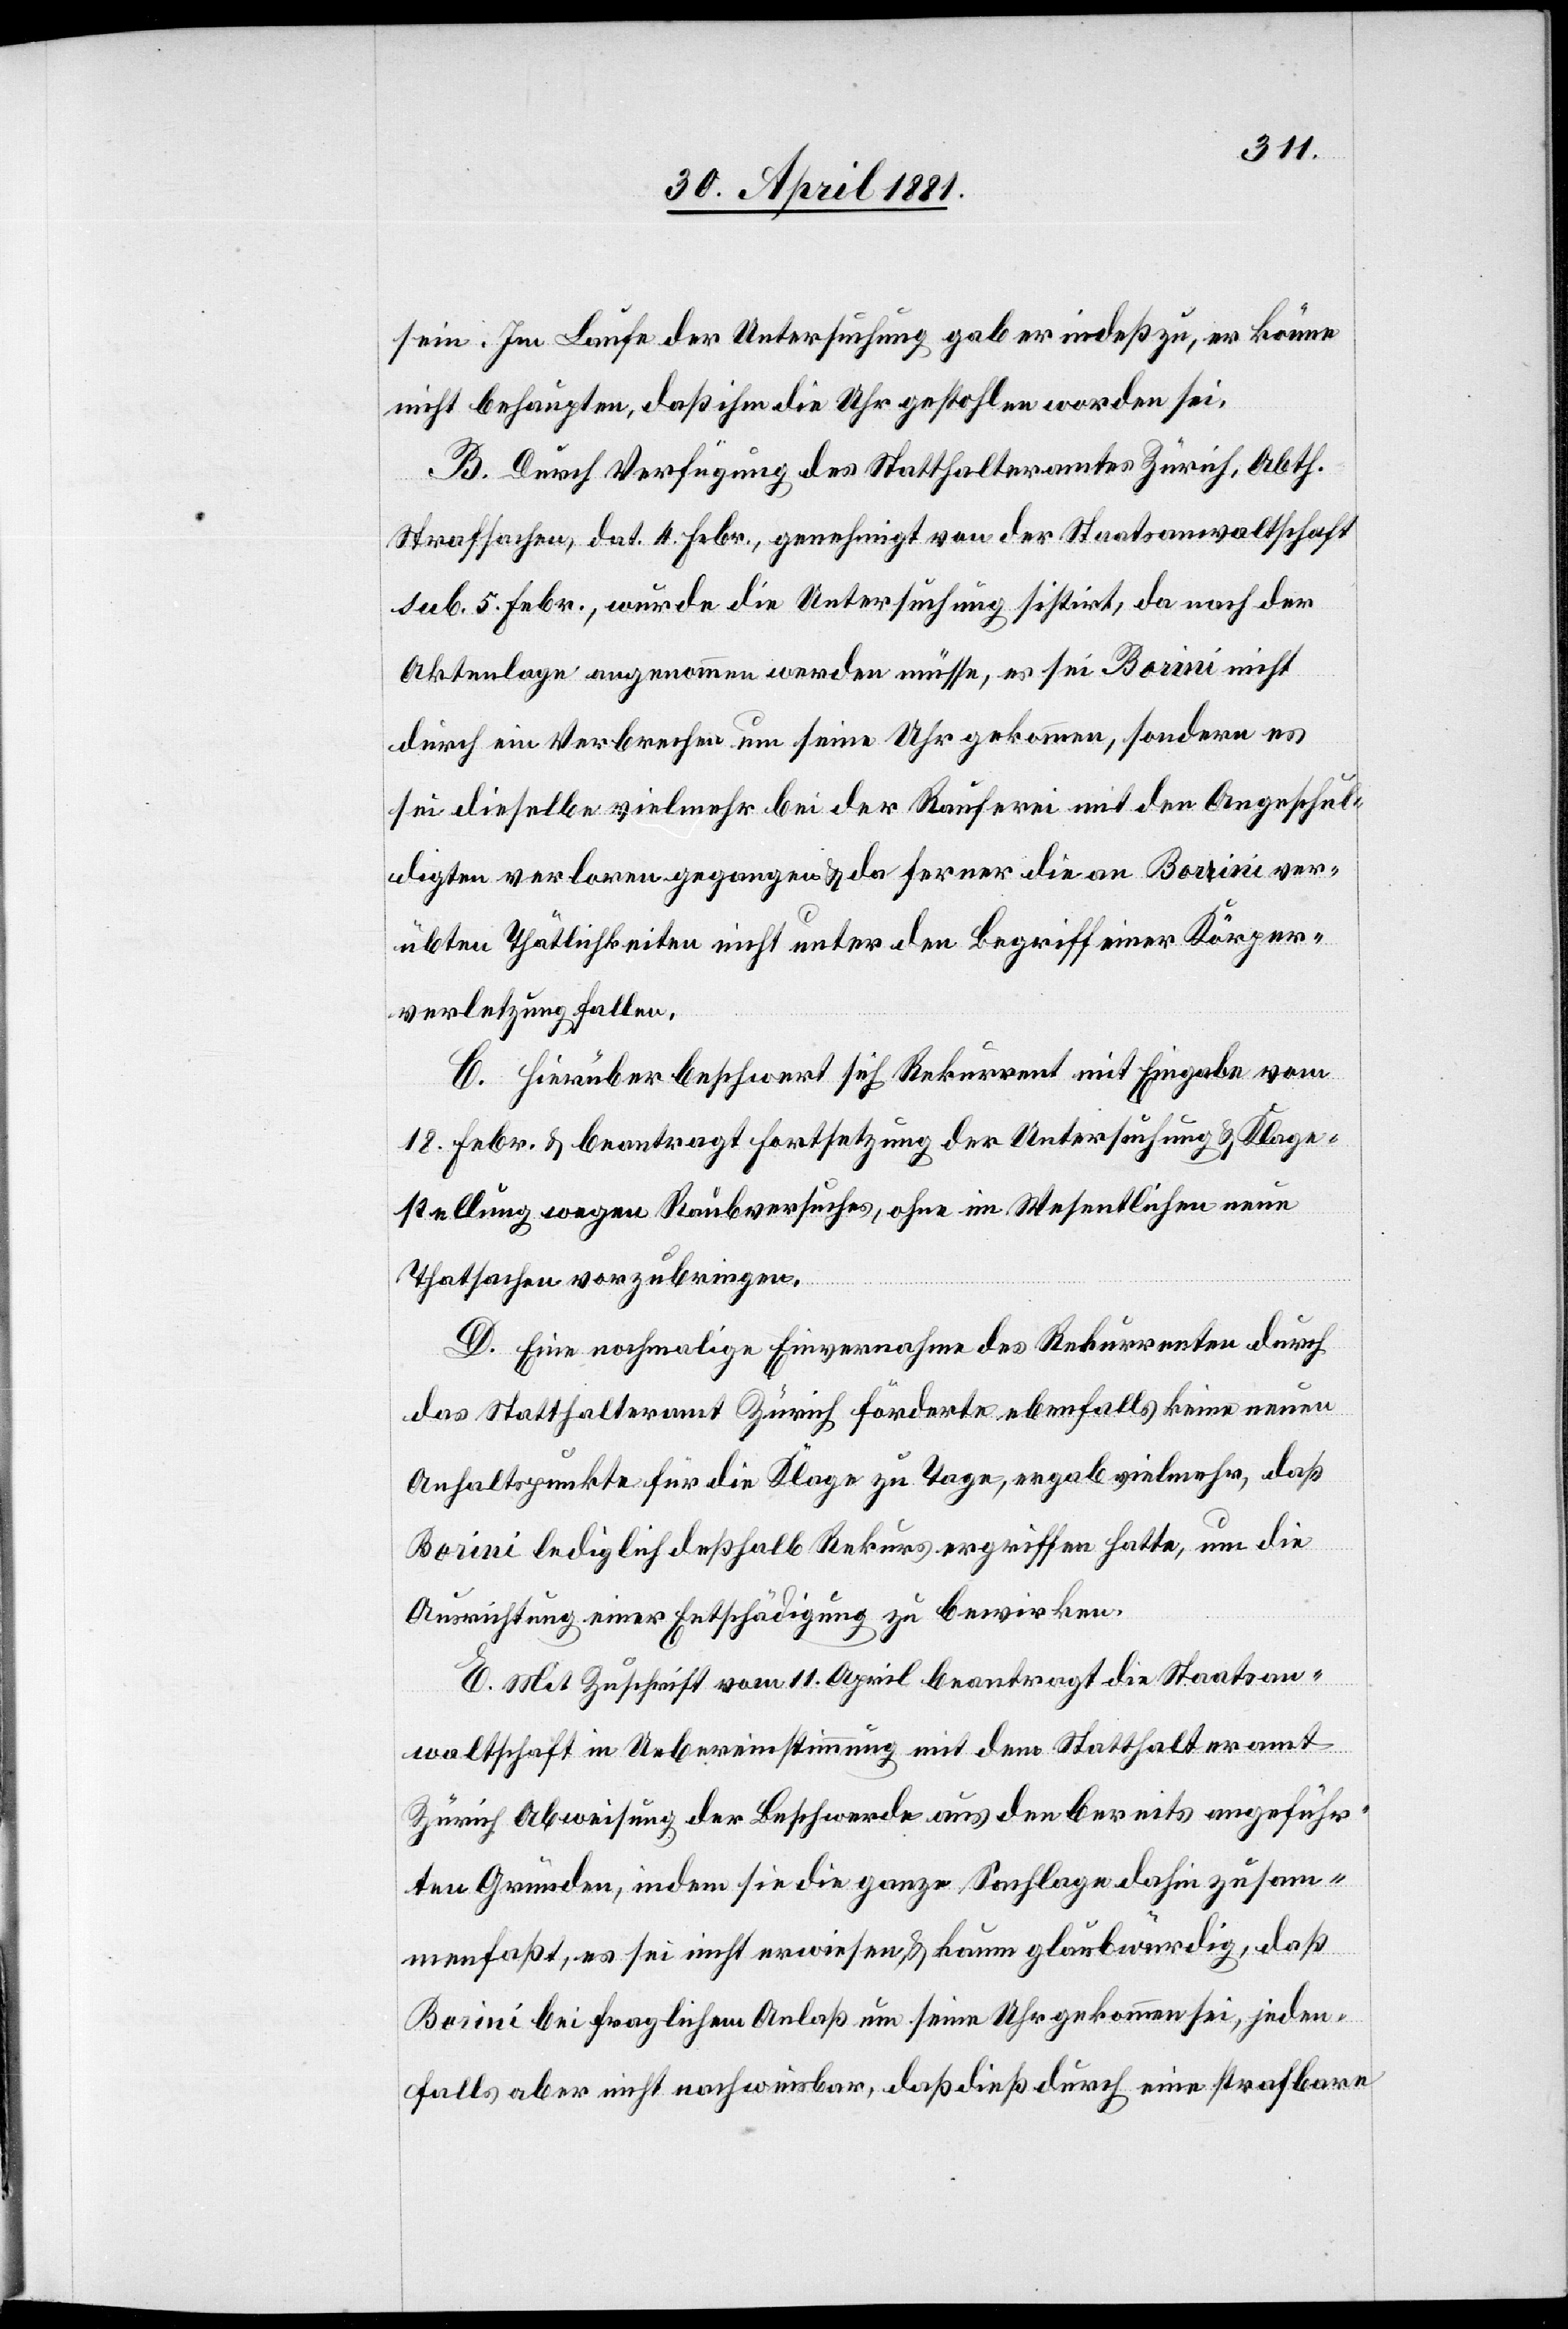
sein. Im Laufe der Untersuchung gab er indeß zu, er könne
nicht behaupten, daß ihm die Uhr gestohlen worden sei.
B. Durch Verfügung des Statthalteramtes Zürich, Abth.
Strafsachen, dat. 4. Febr., wurde die Untersuchung sistirt, da nach der
Aktenlage angenommen werden müsse, es sei Borini nicht
durch ein Verbrechen um seine Uhr gekommen, sondern es
sei dieselbe vielmehr bei der Rauferei mit den Angeschul¬
digten verloren gegangen & da ferner die an Borini ver¬
übten Thätlichkeiten nicht unter den Begriff einer Körper¬
verletzung fallen.
C. Hierüber beschwert sich Rekurrent mit Eingabe vom
18. Febr. & beantragt Fortsetzung der Untersuchung & Klage¬
stellung wegen Raubversuches, ohne im Wesentlichen neue
Thatsachen vorzubringen.
D. Eine nochmalige Einvernahme des Rekurrenten durch
das Statthalteramt Zürich förderte ebenfalls keine neuen
Anhaltspunkte für die Klage zu Tage, ergab vielmehr, daß
Borini lediglich deßhalb Rekurs ergriffen hatte, um die
Ausrichtung einer Entschädigung zu bewirken.
E. Mit Zuschrift vom 11. April beantragt die Staatsan¬
waltschaft in Uebereinstimmung mit dem Statthalteramt
Zürich Abweisung der Beschwerde aus den bereits angeführ¬
ten Gründen, indem sie die ganze Sachlage dahin zusam¬
menfaßt, es sei nicht erwiesen & kaum glaubwürdig, daß
Borini bei fraglichem Anlaß um seine Uhr gekommen sei, jeden¬
falls aber nicht nachweisbar, daß dieß durch eine strafbare